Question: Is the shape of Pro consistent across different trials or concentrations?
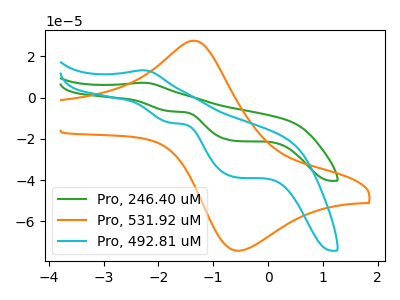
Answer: <think>The green curve "Pro, 246.40 uM" has an anodic peak at (-2.30V, 7.20uA) and cathodic peaks at (-1.80V, -6.65uA) (-0.60V, -20.95uA). The orange curve "Pro, 531.92 uM" has an anodic peak at (-1.35V, 27.60uA) and a cathodic peak at (-0.55V, -74.20uA). The cyan curve "Pro, 492.81 uM" has an anodic peak at (-2.30V, 13.25uA) and cathodic peaks at (-1.80V, -12.20uA) (-0.60V, -38.55uA).
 "Pro, 246.40 uM" and "Pro, 531.92 uM" have a different number of peaks. All the peaks in "Pro, 246.40 uM" have a peak in "Pro, 492.81 uM" at the same potential. Every peak in "Pro, 246.40 uM" is lower than every peak in "Pro, 492.81 uM". "Pro, 531.92 uM" and "Pro, 492.81 uM" have a different number of peaks.</think>
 <answer>All the CV's of "Pro" have similar shape.</answer>
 <eval>follow_rule</eval>